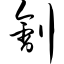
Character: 刽